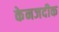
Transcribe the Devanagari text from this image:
केनजदीक